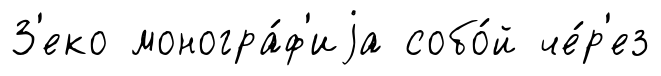
З'еко моногра́ф'иjа собо́й че́р'ез